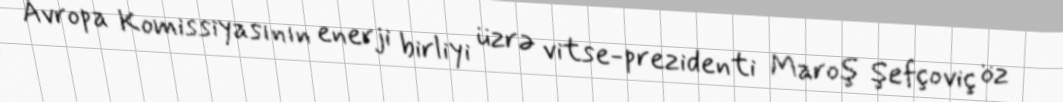
Avropa Komissiyasının enerji birliyi üzrə vitse-prezidenti Maroş Şefçoviç öz